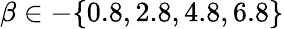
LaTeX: \beta\in-\{ 0.8,2.8,4.8,6.8\}